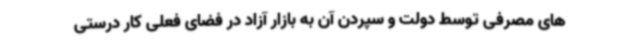
های مصرفی توسط دولت و سپردن آن به بازار آزاد در فضای فعلی کار درستی